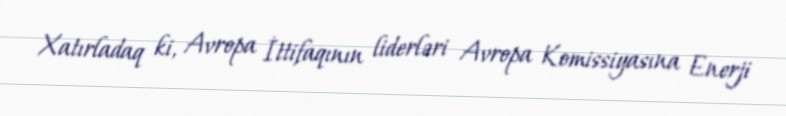
Xatırladaq ki, Avropa İttifaqının liderləri Avropa Komissiyasına Enerji